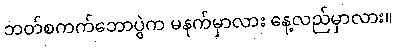
ဘတ်စကက်ဘောပွဲက မနက်မှာလား နေ့လည်မှာလား။